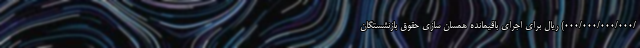
/۰۰۰/۰۰۰/۰۰۰/۰۰۰) ریال برای اجرای باقیمانده همسان سازی حقوق بازنشستگان